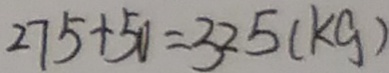
2 7 5 + 5 0 = 3 2 5 ( k g )